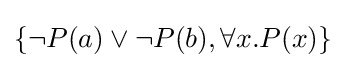
\{\neg P(a)\lor \neg P(b),\forall x.P(x)\}